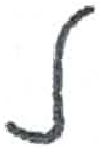
אות: ל